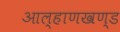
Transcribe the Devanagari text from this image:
आल्हाणखण्ड